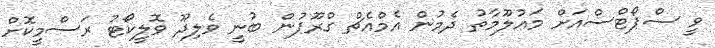
ވީ ސްޕޯޓްސްއަށް މައުލޫމާތު ދެމުން އެމްއެޗް ގްރޫޕުން ބުނީ ވެލިދޫ ވޮލީކޯޓު ރަސްމީކޮށް